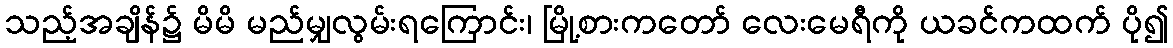
သည့်အချိန်၌ မိမိ မည်မျှလွမ်းရကြောင်း၊ မြို့စားကတော် လေးမေရီကို ယခင်ကထက် ပို၍